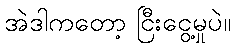
အဲဒါကတော့ ငြီးငွေ့မှုပဲ။